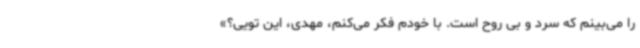
را می‌بینم که سرد و بی روح است. با خودم فکر می‌کنم، مهدی، این تویی؟»